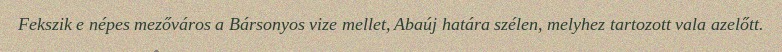
Fekszik e népes mezőváros a Bársonyos vize mellet, Abaúj határa szélen, melyhez tartozott vala azelőtt.